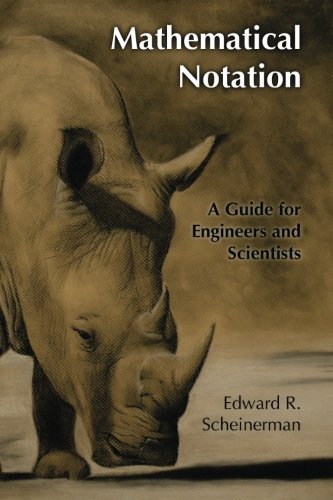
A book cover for Mathematical Notation: A Guide for Engineers and Scientists; Edward R. Scheinerman; Science & Math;